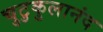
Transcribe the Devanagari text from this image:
चुटुकुलानंद